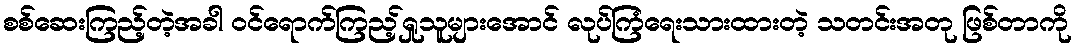
စစ်ဆေးကြည့်တဲ့အခါ ဝင်ရောက်ကြည့်ရှုသူများအောင် လုပ်ကြံရေးသားထားတဲ့ သတင်းအတု ဖြစ်တာကို